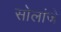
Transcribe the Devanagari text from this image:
सोलांजे